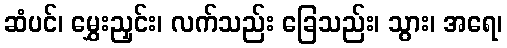
ဆံပင်၊ မွှေးညှင်း၊ လက်သည်း ခြေသည်း၊ သွား၊ အရေ၊